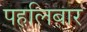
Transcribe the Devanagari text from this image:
पहलिबार